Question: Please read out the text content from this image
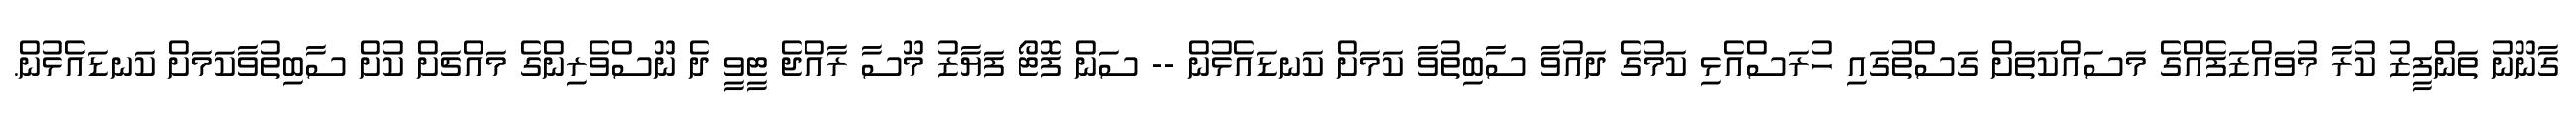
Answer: ގާނޫނު ތަންފީޒު ކުރާ މުވައްޒަފެއްގެ މަސައްކަތަށް ގަސްތުގައި ހުރަސްއެޅި ކަމުގެ ދައުވާ ސާބިތުވާ ކަމަށް ކަނޑައެޅުން -- ސަން ފޮޓޯ ފަޔާޒު މޫސާ ރާއްޖެ ޓީވީ ދެ ނޫސްވެރިންގެ މައްޗަށް ކުށް ސާބިތުވާކަމަށް ކަނޑައެޅުން.